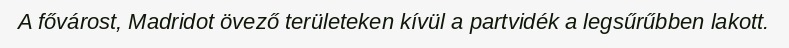
A fővárost, Madridot övező területeken kívül a partvidék a legsűrűbben lakott.